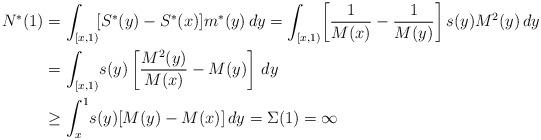
LaTeX: \begin{align*}N^*(1)&=\int_{[x,1)}\![S^*(y)-S^*(x)]m^*(y)\,dy=\int_{[x,1)}\!\left[\frac{1}{M(x)}-\frac{1}{M(y)}\right]s(y)M^2(y)\,dy\\&=\int_{[x,1)}\!s(y) \left[\frac{M^2(y)}{M(x)}- M(y)\right]\,dy\\&\geq \int_x^1\!s(y)[M(y)- M(x)]\,dy=\Sigma(1)=\infty\end{align*}